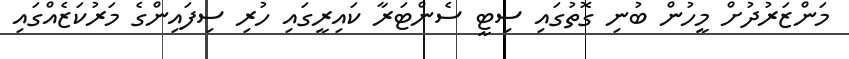
މަންޒަރުދުށް މީހުން ބުނި ގޮތުގައި ސިޓީ ސެންޓަރާ ކައިރީގައި ހުރި ސިފައިންގެ މަރުކަޒެއްގައި